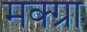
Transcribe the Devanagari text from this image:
मक्ग्रा